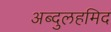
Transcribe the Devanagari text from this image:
अब्दुलहमिद